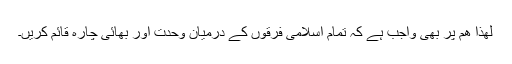
لھذا ھم پر بھی واجب ہے کہ تمام اسلامی فرقوں کے درمیان وحدت اور بھائی چارہ قائم کریں۔